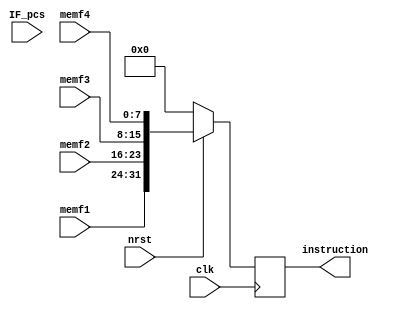
`timescale 1ns / 1ps

module fetch(
			input clk,
			input nrst,
//			input [31:0] ins_delay,
			input [31:0] IF_pcs,
			input [7:0] memf1,
			input [7:0] memf2,
			input [7:0] memf3,
			input [7:0] memf4,
			output [31:0] instruction
    );


reg [31:0] instructions;


initial
begin
	instructions=0;
end


assign instruction = instructions;



	always @(posedge clk)
	begin
		if (~nrst)
		begin
			instructions = 0;
		end
		else
		begin
	//		if(ins_delay == 0)
				instructions = {memf1,memf2,memf3,memf4};
		end
	end

endmodule